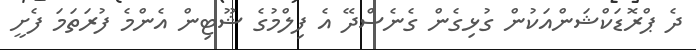
ދެ ޕްރޮޑަކްޝަންއަކުން ގުޅިގެން ގެނެސްދޭ އެ ފިލްމުގެ ޝޫޓިން އެންމެ ފުރަތަމަ ފެށީ